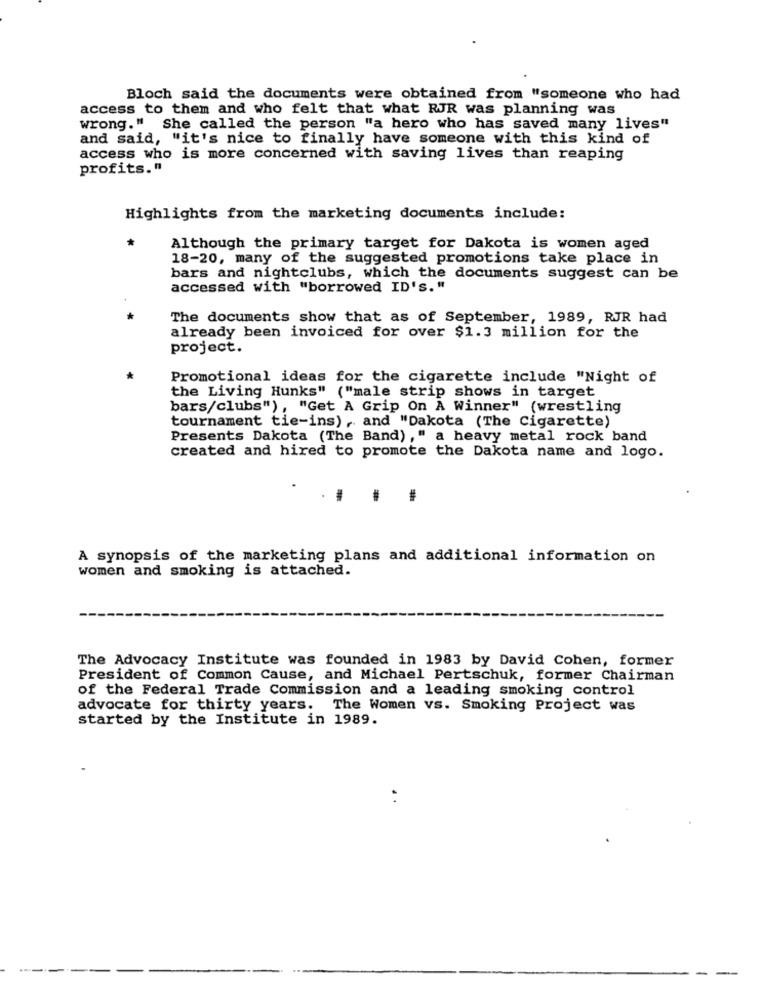
Bloch said the documents were obtained from "someone who had
access to them and who felt that what RJR was planning was
wrong." She called the person "a hero who has saved many lives"
and said, "it's nice to finally have someone with this kind of
access who is more concerned with saving lives than reaping
profits."
Highlights from the marketing documents include:
Although the primary target for Dakota is women aged
18-20, many of the suggested promotions take place in
bars and nightclubs, which the documents suggest can be
accessed with "borrowed ID's. "
The documents show that as of September, 1989, RJR had
already been invoiced for over $1.3 million for the
project.
Promotional ideas for the cigarette include "Night of
the Living Hunks" ("male strip shows in target
bars/clubs"), "Get A Grip On A Winner" (wrestling
tournament tie-ins) , and "Dakota (The Cigarette)
Presents Dakota (The Band) ," a heavy metal rock band
created and hired to promote the Dakota name and logo.
A synopsis of the marketing plans and additional information on
women and smoking is attached.
The Advocacy Institute was founded in 1983 by David Cohen, former
President of Common Cause, and Michael Pertschuk, former Chairman
of the Federal Trade Commission and a leading smoking control
advocate for thirty years. The Women vs. Smoking Project was
started by the Institute in 1989.